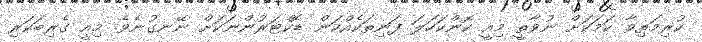
ކުރިމަތިވާ ކަމަކަށް ނުވާތީ މިއީ ކޮންކަހަލަ ފަނިތަކެއްކަން ޑޮކްޓަރުންނަކަށް ނޭނގުނެވެ. މިއީ ގެރިބަކަރި